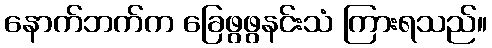
နောက်ဘက်က ခြေဖွဖွနင်းသံ ကြားရသည်။